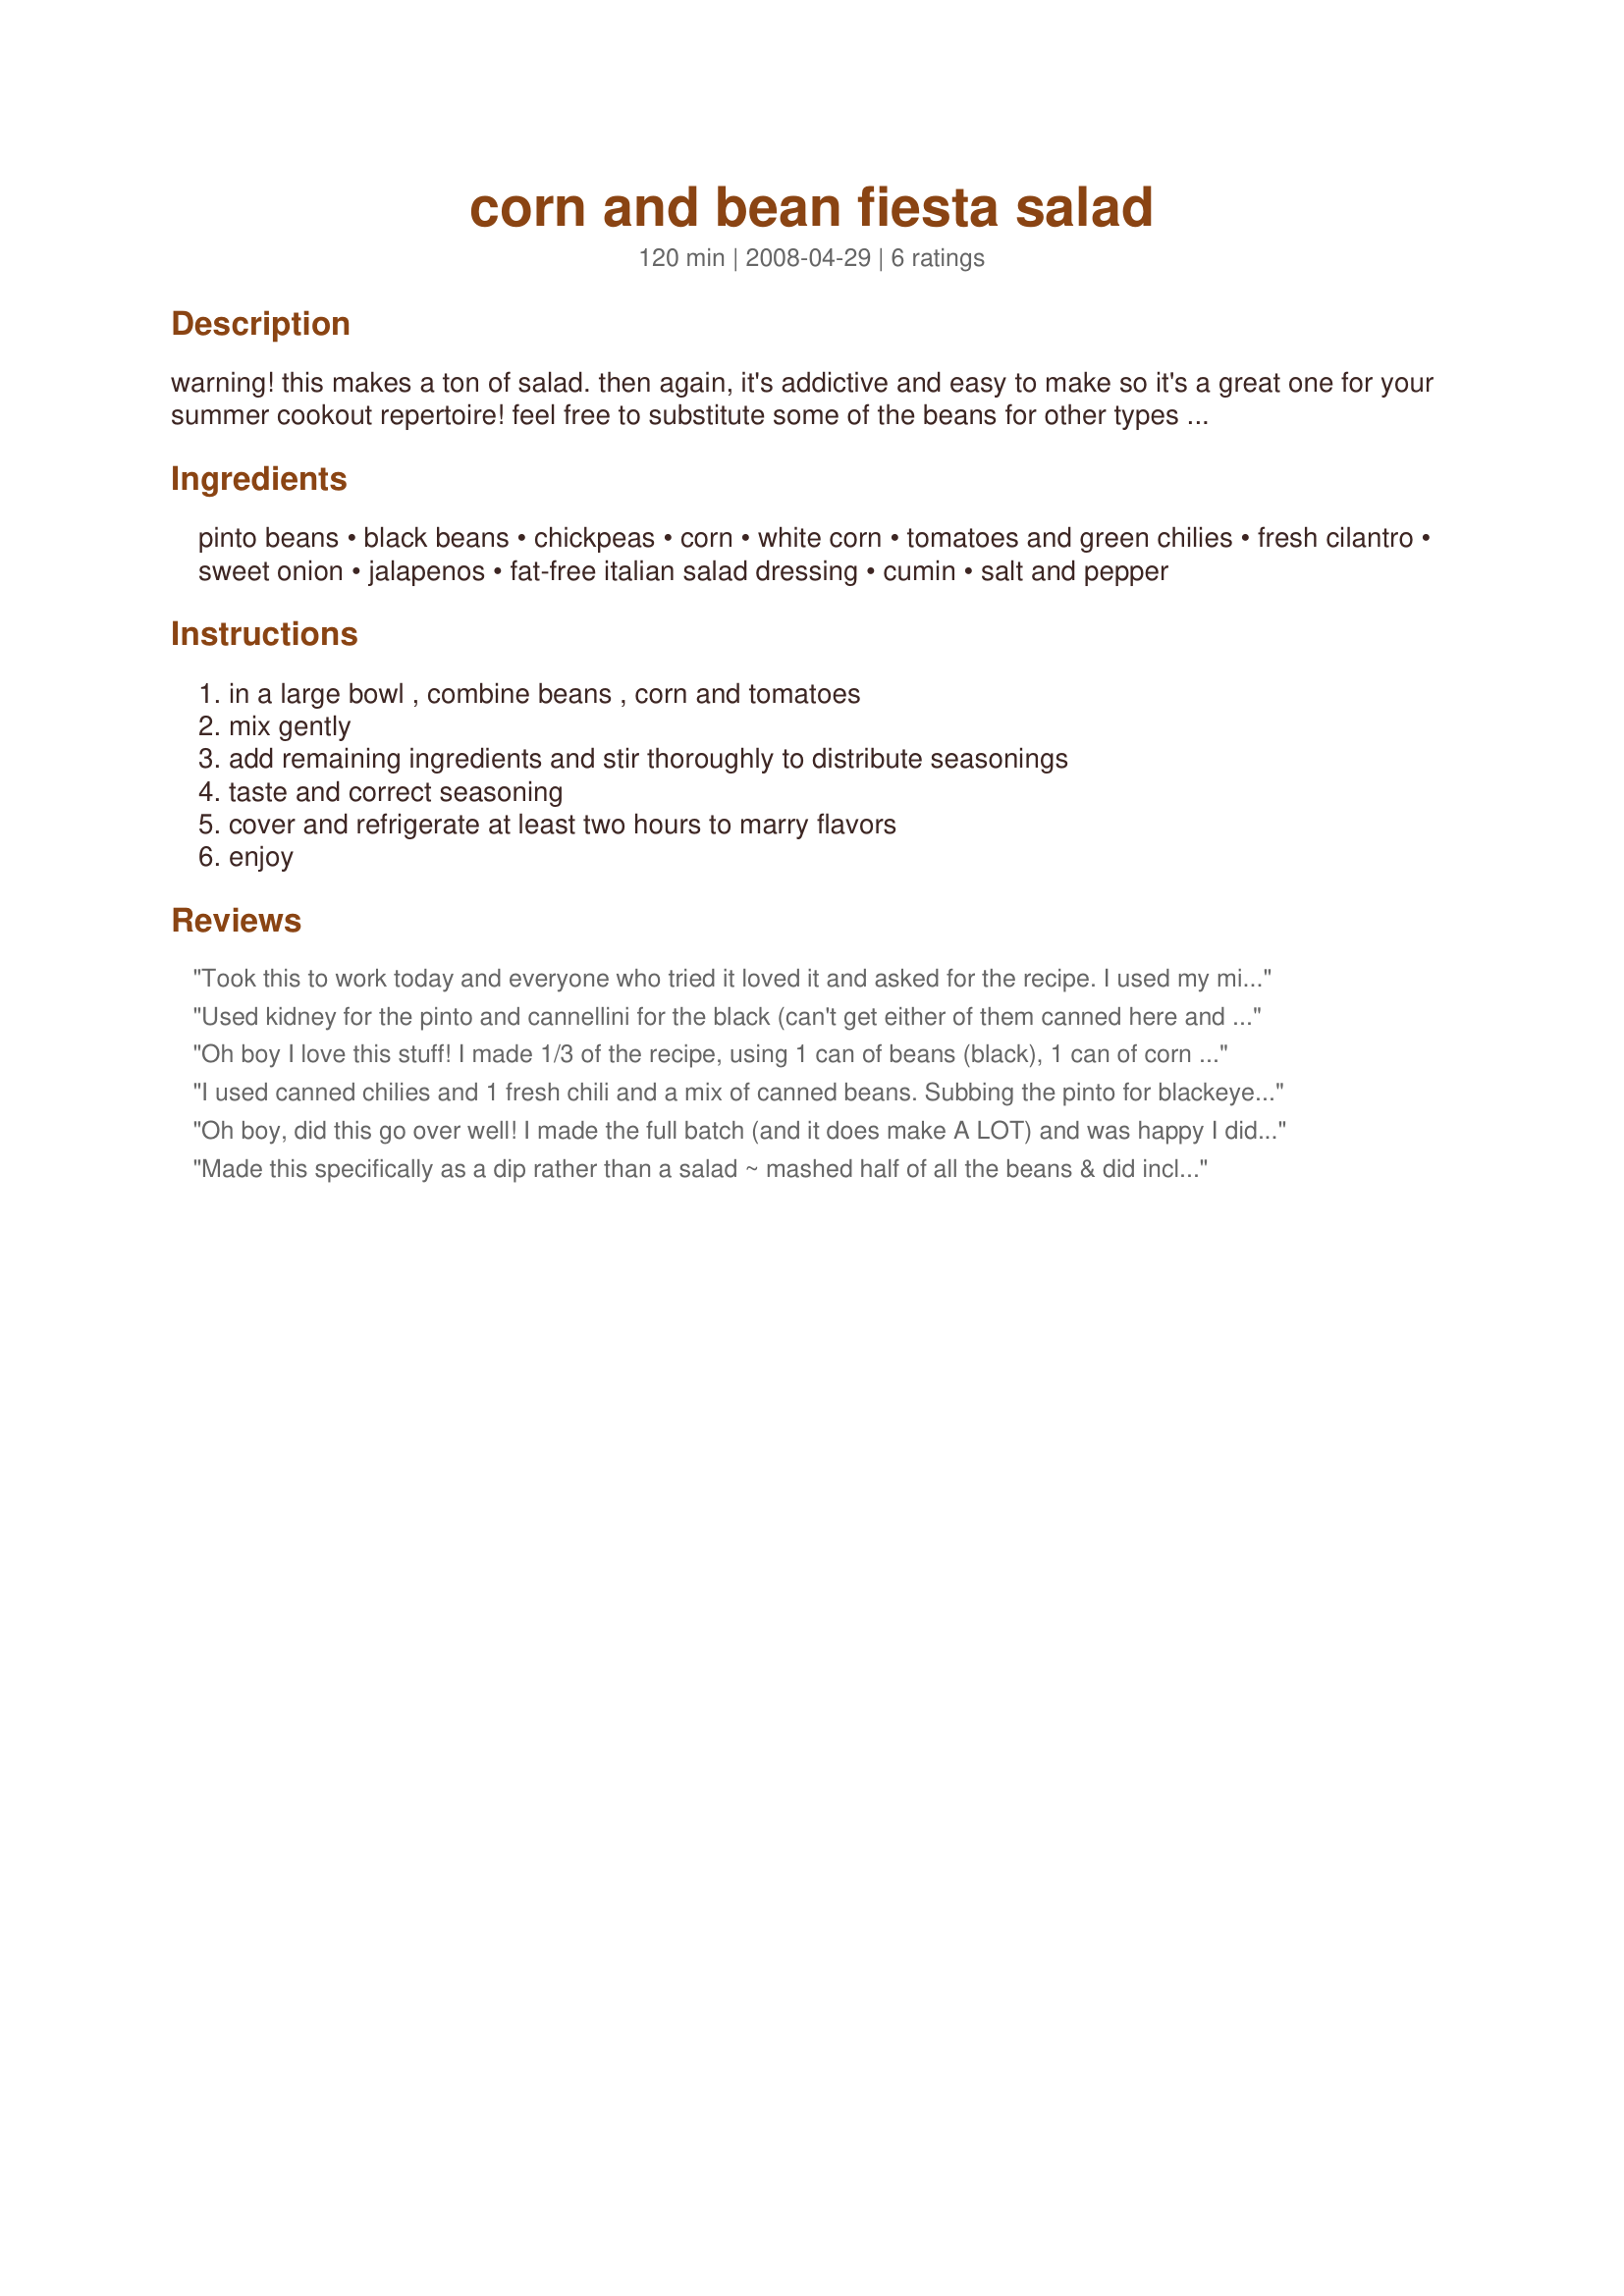
corn and bean fiesta salad
Preparation time: 120 minutes

warning! this makes a ton of salad. then again, it's addictive and easy to make so it's a great one for your summer cookout repertoire! feel free to substitute some of the beans for other types if you prefer - the original emailed recipe i got had black-eyed peas in it. mostly what you want is a pretty firm bean so it doesn't get mushy when you mix it together. you can also bump up the jalapenos if you like the heat!
we love this with scoop corn chips or baked tortilla chips for dipping.

Ingredients:
pinto beans, black beans, chickpeas, corn, white corn, tomatoes and green chilies, fresh cilantro, sweet onion, jalapenos, fat-free italian salad dressing, cumin, salt and pepper

Steps:
in a large bowl , combine beans , corn and tomatoes, mix gently, add remaining ingredients and stir thoroughly to distribute seasonings, taste and correct seasoning, cover and refrigerate at least two hours to marry flavors, enjoy

Reviews:
Took this to work today and everyone who tried it loved it and asked for the recipe. I used my mini chopper to chop the cilantro and subbed blackeyed peas for the black beans due to personal preference. Then I chilled it overnight. So easy to throw together and such a hit with the coworkers! Thanks Ma for a great recipe! Made for Fall PAC 08
Used kidney for the pinto and cannellini for the black (can't get either of them canned here and I didn't want to have to cook from scratch). Made this up Friday to serve yesterday at a bbq we had. Great, tangy salad to serve alongside hotdogs and burgers. Easy and good.
Oh boy I love this stuff! I made 1/3 of the recipe, using 1 can of beans (black), 1 can of corn (white), the whole can of Rotel, and 1/3 measure of everything else. I don't care for raw onion so used a chopped green bell pepper instead. Served with tortilla chips for dipping and really enjoyed - thanks for sharing the recipe! Made for ZWT8, Chefs gone WILD!
I used canned chilies and 1 fresh chili and a mix of canned beans. Subbing the pinto for blackeye peas, and added a can of cannelli beans. Used parsley along with the cilantro, mint, basil along with my own Italian dressing. Adding juice of a lime. Quick and easy! Great to make the day before a party! One less thing to do the day of. ;)
Oh boy, did this go over well! I made the full batch (and it does make A LOT) and was happy I did, because it was gobbled up by some very hungry and appreciative eaters. I wasn't sure I like the Italian dressing with it when I first made it, but then after marinating, I thought it was fabulous. And how easy was that?! We all loved it. Gracias. Made for ZWT8 Mexico/Tex-Mex/SW
Made this specifically as a dip rather than a salad ~ mashed half of all the beans & did include only 1 jalapeno! And, I probably ended up increasing the salad dressing to almost 2/3 of a cup instead of the half cup! When all was said & done, this salad/dip was EXTREMELY WELL RECEIVED! I'd expected to have about half of it left over, but by the end of the evening it was gone! Thanks, much for a great KEEPER of a recipe! [Made & reviewed in the Family Picks part of Zaar World Tour 4]
